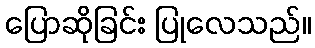
ပြောဆိုခြင်း ပြုလေသည်။